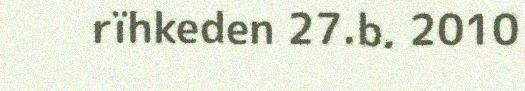
rïhkeden 27.b. 2010